Vaccination in Bombay 1902-1912 - 1902-1912
Year: 1902
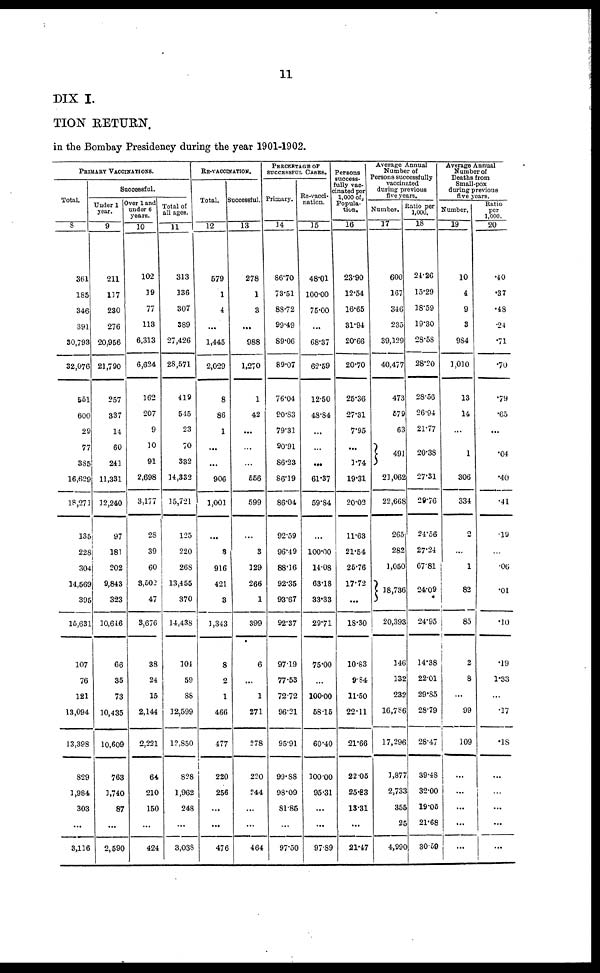
11
DIX I.
TION RETURN.
in the Bombay Presidency during the year 1901-1902.
PRIMARY VACCINATIONS.
Total.
8
361
185
346
391
30,793
32,076
551
600
29
77
385
16,629
18,271
135
228
304
14,569
395
15,631
107
76
121
13,094
13,398
829
1,984
303
...
3,116
Successful.
Under 1
year.
9
211
117
230
276
20,956
21,790
257
337
14
60
241
11,331
12,240
97
181
202
9,843
323
10,646
66
35
73
10,435
10,609
763
1,740
87
...
2,590
Over 1 and
under 6
years.
10
102
39
77
113
6,313
6,624
162
207
9
10
91
2,698
3,177
28
39
60
3,5021
47
3,676
38
24
15
2,144
2,221
64
210
150
...
424
Total of
all ages.
11
313
136
307
389
27,426
28,571
419
545
23
70
332
14,332
15,721
125
220
268
13,455
370
14,438
104
59
88
12,599
12,850
828
1,962
248
...
3,038
RE-VACCINATION.
Total.
12
579
1
4
...
1,445
2,029
8
86
1
...
...
906
1,001
...
3
916
421
3
1,343
8
2
1
466
477
220
256
...
...
476
Successful.
13
278
1
3
...
988
1,270
1
42
...
...
...
556
599
...
3
129
266
1
399
6
...
1
271
278
220
244
...
...
464
PERCENTAGE OF
SUCCESSFUL CASES.
Primary.
14
86.70
73.51
88.72
99.49
89.06
89.07
76.04
90.83
79.31
90.91
86.23
86.19
86.04
92.59
96.49
88.16
92.35
93.67
92.37
97.19
77.53
72.72
96.21
95.91
99.88
98.09
81.85
...
97.50
Re-vacci-
nation.
15
48.01
100.00
75.00
...
68.37
62.59
12.50
48.84
...
...
...
61.37
59.84
...
100.00
14.08
63.18
33.33
20.71
75.00
...
100.00
58.15
60.40
100.00
95.31
...
...
97.89
Persons
success-
fully vac-
cinated per
1,000 of
Popula-
tion.
16
23.90
12.54
16.65
31.94
20.66
20.70
25.36
27.31
7.95
...
1.74
19.31
20.02
11.63
21.54
25.76
17.72
...
18.30
10.83
9.84
11.50
22.11
21.66
22.05
25.83
13.31
...
21.47
Average Annual
Number of
Persons successfully
vaccinated
during previous
five years.
Number.
17
600
167
346
235
39,129
40,477
473
579
63
491
23,062
22,668
265
282
1,050
18,736
20,393
146
132
232
16,786
17,296
1,877
2,733
355
25
4,990
Ratio per
1,000.
18
24.26
15.29
18.59
19.30
28.58
28.20
28.56
26.94
21.77
20.38
27.31
29.76
24.56
27.24
67.81
24.09
24.95
14.38
22.01
29.85
28.79
28.47
39.48
32.00
19.05
21.68
30.59
Average Annual
Number of
Deaths from
Small-pox
during previous
five years.
Number.
19
10
4
9
3
984
1,010
13
14
...
1
306
334
2
...
1
82
85
2
8
...
99
109
...
...
...
...
...
Ratio
per
1,000.
20
.40
.37
.48
.24
.71
.70
.79
.65
...
.04
.40
.41
.19
...
.06
.01
.10
.19
1.33
...
.17
.18
...
...
...
...
...